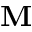
\mathbf { M }